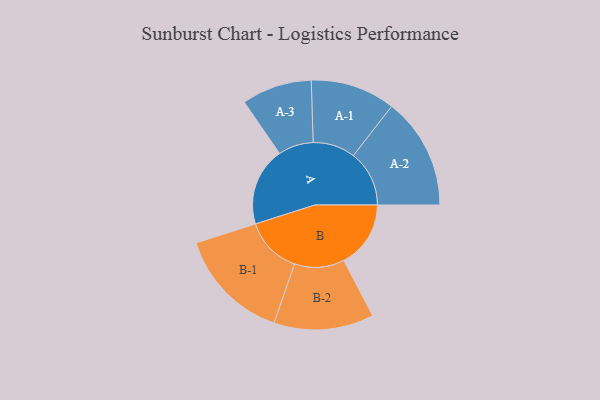
{"axis": {"x": "Segment", "y": "Value"}, "legend": ["", "A", "B"], "data": [{"x": "A", "y": 370, "type": ""}, {"x": "B", "y": 316, "type": ""}, {"x": "A-1", "y": 200, "type": "A"}, {"x": "A-2", "y": 264, "type": "A"}, {"x": "A-3", "y": 166, "type": "A"}, {"x": "B-1", "y": 269, "type": "B"}, {"x": "B-2", "y": 236, "type": "B"}]}